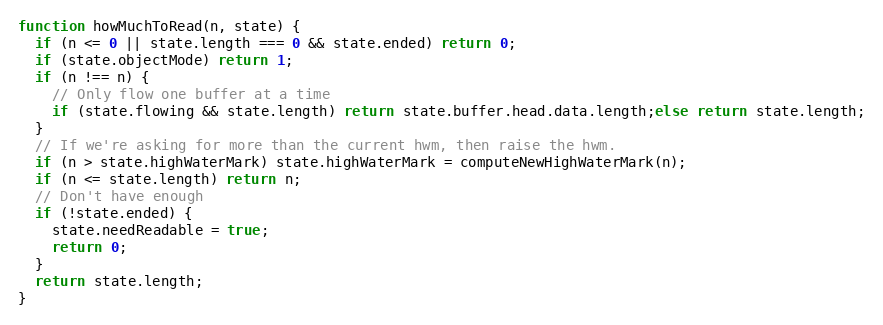
Language: JavaScript
function howMuchToRead(n, state) {
  if (n <= 0 || state.length === 0 && state.ended) return 0;
  if (state.objectMode) return 1;
  if (n !== n) {
    // Only flow one buffer at a time
    if (state.flowing && state.length) return state.buffer.head.data.length;else return state.length;
  }
  // If we're asking for more than the current hwm, then raise the hwm.
  if (n > state.highWaterMark) state.highWaterMark = computeNewHighWaterMark(n);
  if (n <= state.length) return n;
  // Don't have enough
  if (!state.ended) {
    state.needReadable = true;
    return 0;
  }
  return state.length;
}